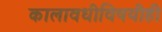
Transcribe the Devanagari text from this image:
कालावधीविषयीही